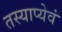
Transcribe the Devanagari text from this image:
तस्याप्येवं